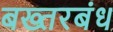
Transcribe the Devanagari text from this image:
बख्तरबंध